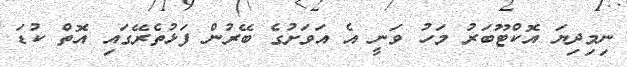
ނިމިދިޔަ އޮކްޓޫބަރު މަހު ވަނީ އެ އަވަށުގެ ބޭރުން ފަޅުތެރޭގައި އޮތް ކުޑަ